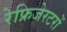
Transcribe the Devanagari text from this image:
रेफ्रिजेरटरों